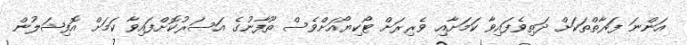
އަންނަ ފަރާތްތަކަށް ދަތިވެފައިވާ ކަމަށާއި ވެރިރަށް ޓޯކިޔޯއަށްވެސް ތޫފާނުގެ އަސަރުކޮށްފައިވާ ކަމަށް އޮފިޝަލުން